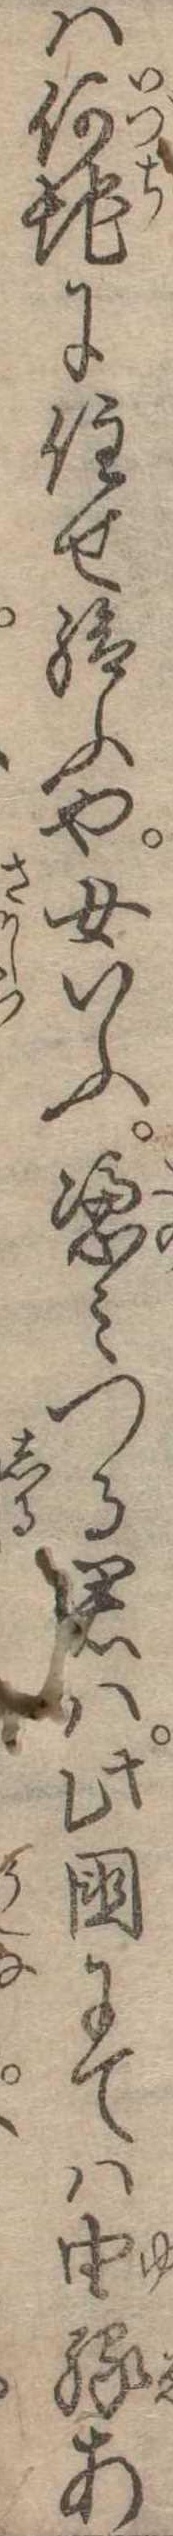
は何地に住せ給ふや女いふ憑みつる君は此国にては由縁あ